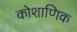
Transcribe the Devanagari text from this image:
कोशाणिक